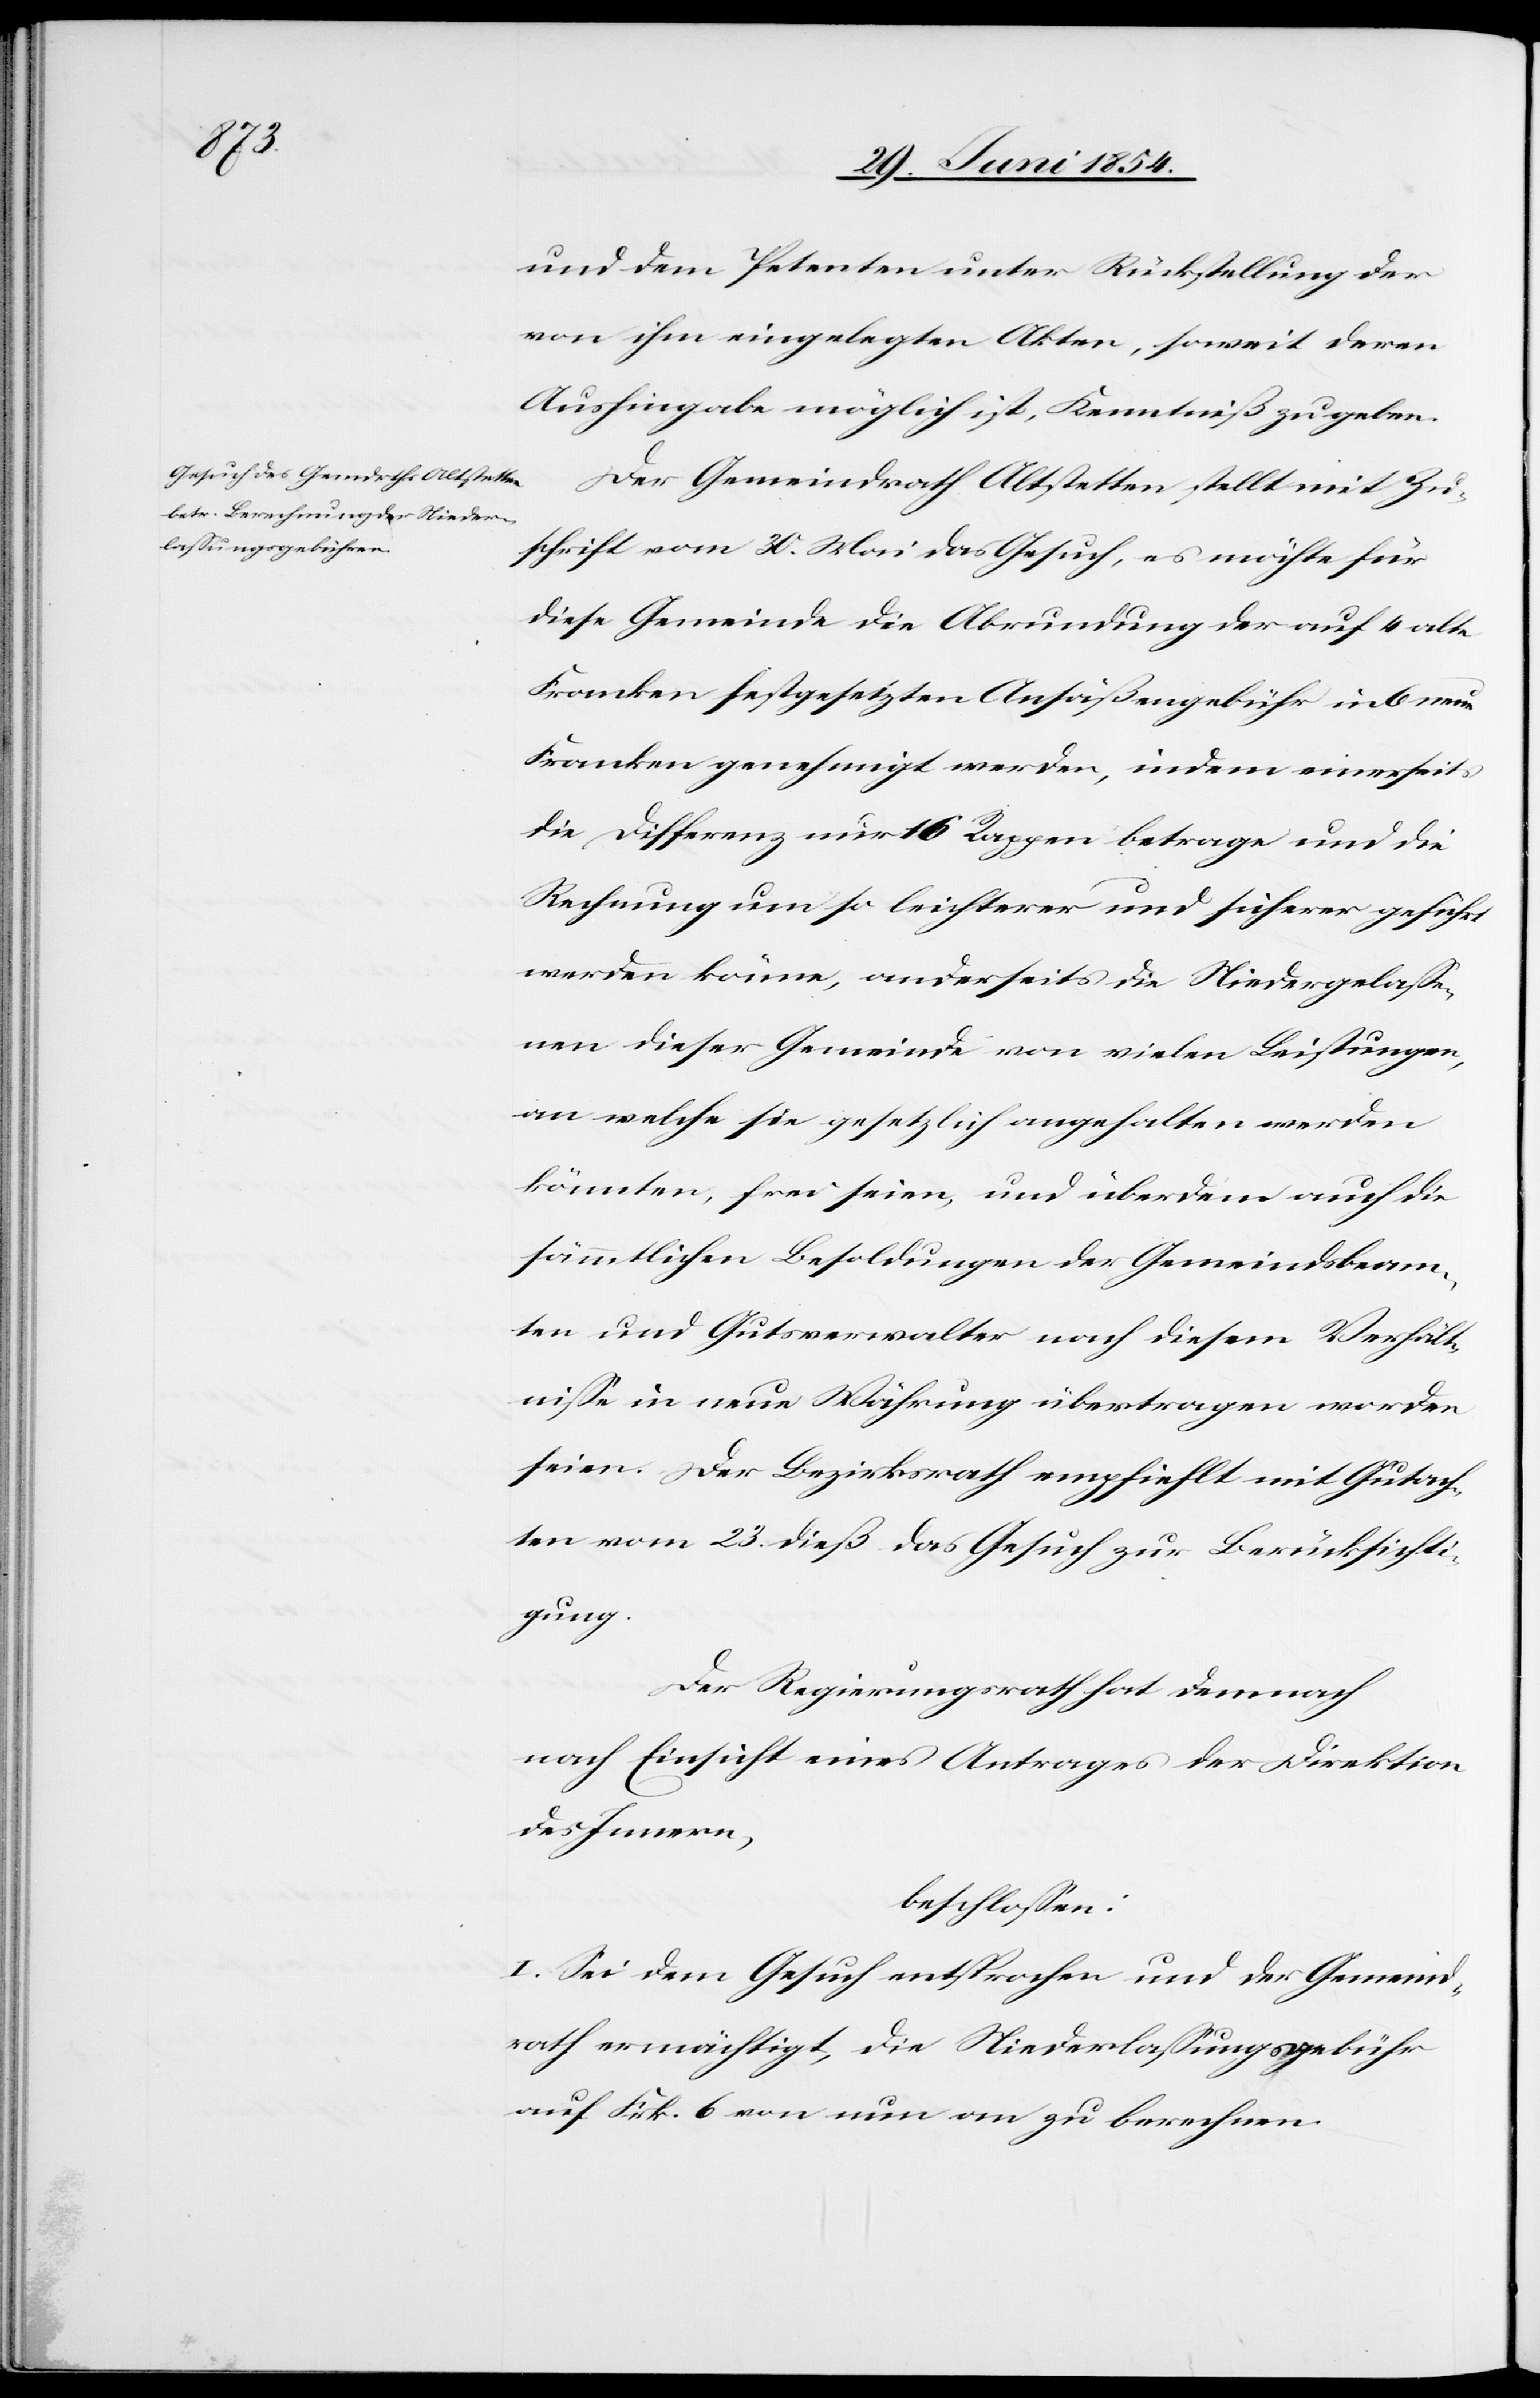
und dem Petenten unter Rückstellung der
von ihm eingelegten Akten, soweit deren
Aushingabe möglich ist, Kenntniß zu geben.
Der Gemeindrath Altstetten stellt mit Zu¬
schrift vom 30. Mai das Gesuch, es möchte für
diese Gemeinde die Abrundung der auf 4 alt
Franken festgesetzte Ansäßengebühr in 6 neue
Franken genehmigt werden, indem einerseits
die Differenz nur 16 Rappenbetrage und die
Rechnung um so leichterer und sicherer geführt
werden könne, anderseits die Niedergelaße¬
nen dieser Gemeinde von vielen Leistungen,
an welche sie gesetzlich angehalten werden
könnten, frei seien, und überdem auch die
sämmtlichen Besoldungen der Gemeindsbeam¬
ten und Gutsverwalter nach diesem Verhält¬
niße in neue Währung übertragen worden
seien. Der Bezirksrath empfiehlt mit Gutach¬
ten vom 23. dieß das Gesuch zur Berücksichti¬
gung.
Der Regierungsrath hat demnach
nach Einsicht eines Antrages der Direktion
des Innern,
beschloßen:
I. Sei dem Gesuch entsprochen und der Gemeind¬
rath ermächtigt, die Niederlaßungsgebühr
auf Frk. 6 von nun an zu berechnen.